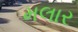
મલાર